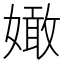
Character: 㜟